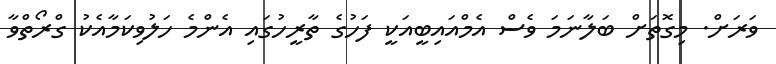
ވަރަށް. މިގޮތަށް ބަލާނަމަ ވެސް އެމްއައިބީއަކީ ފަހުގެ ތާރީހުގައި އެންމެ ހަލުވިކަމާއެކު ގްރޯތްވާ